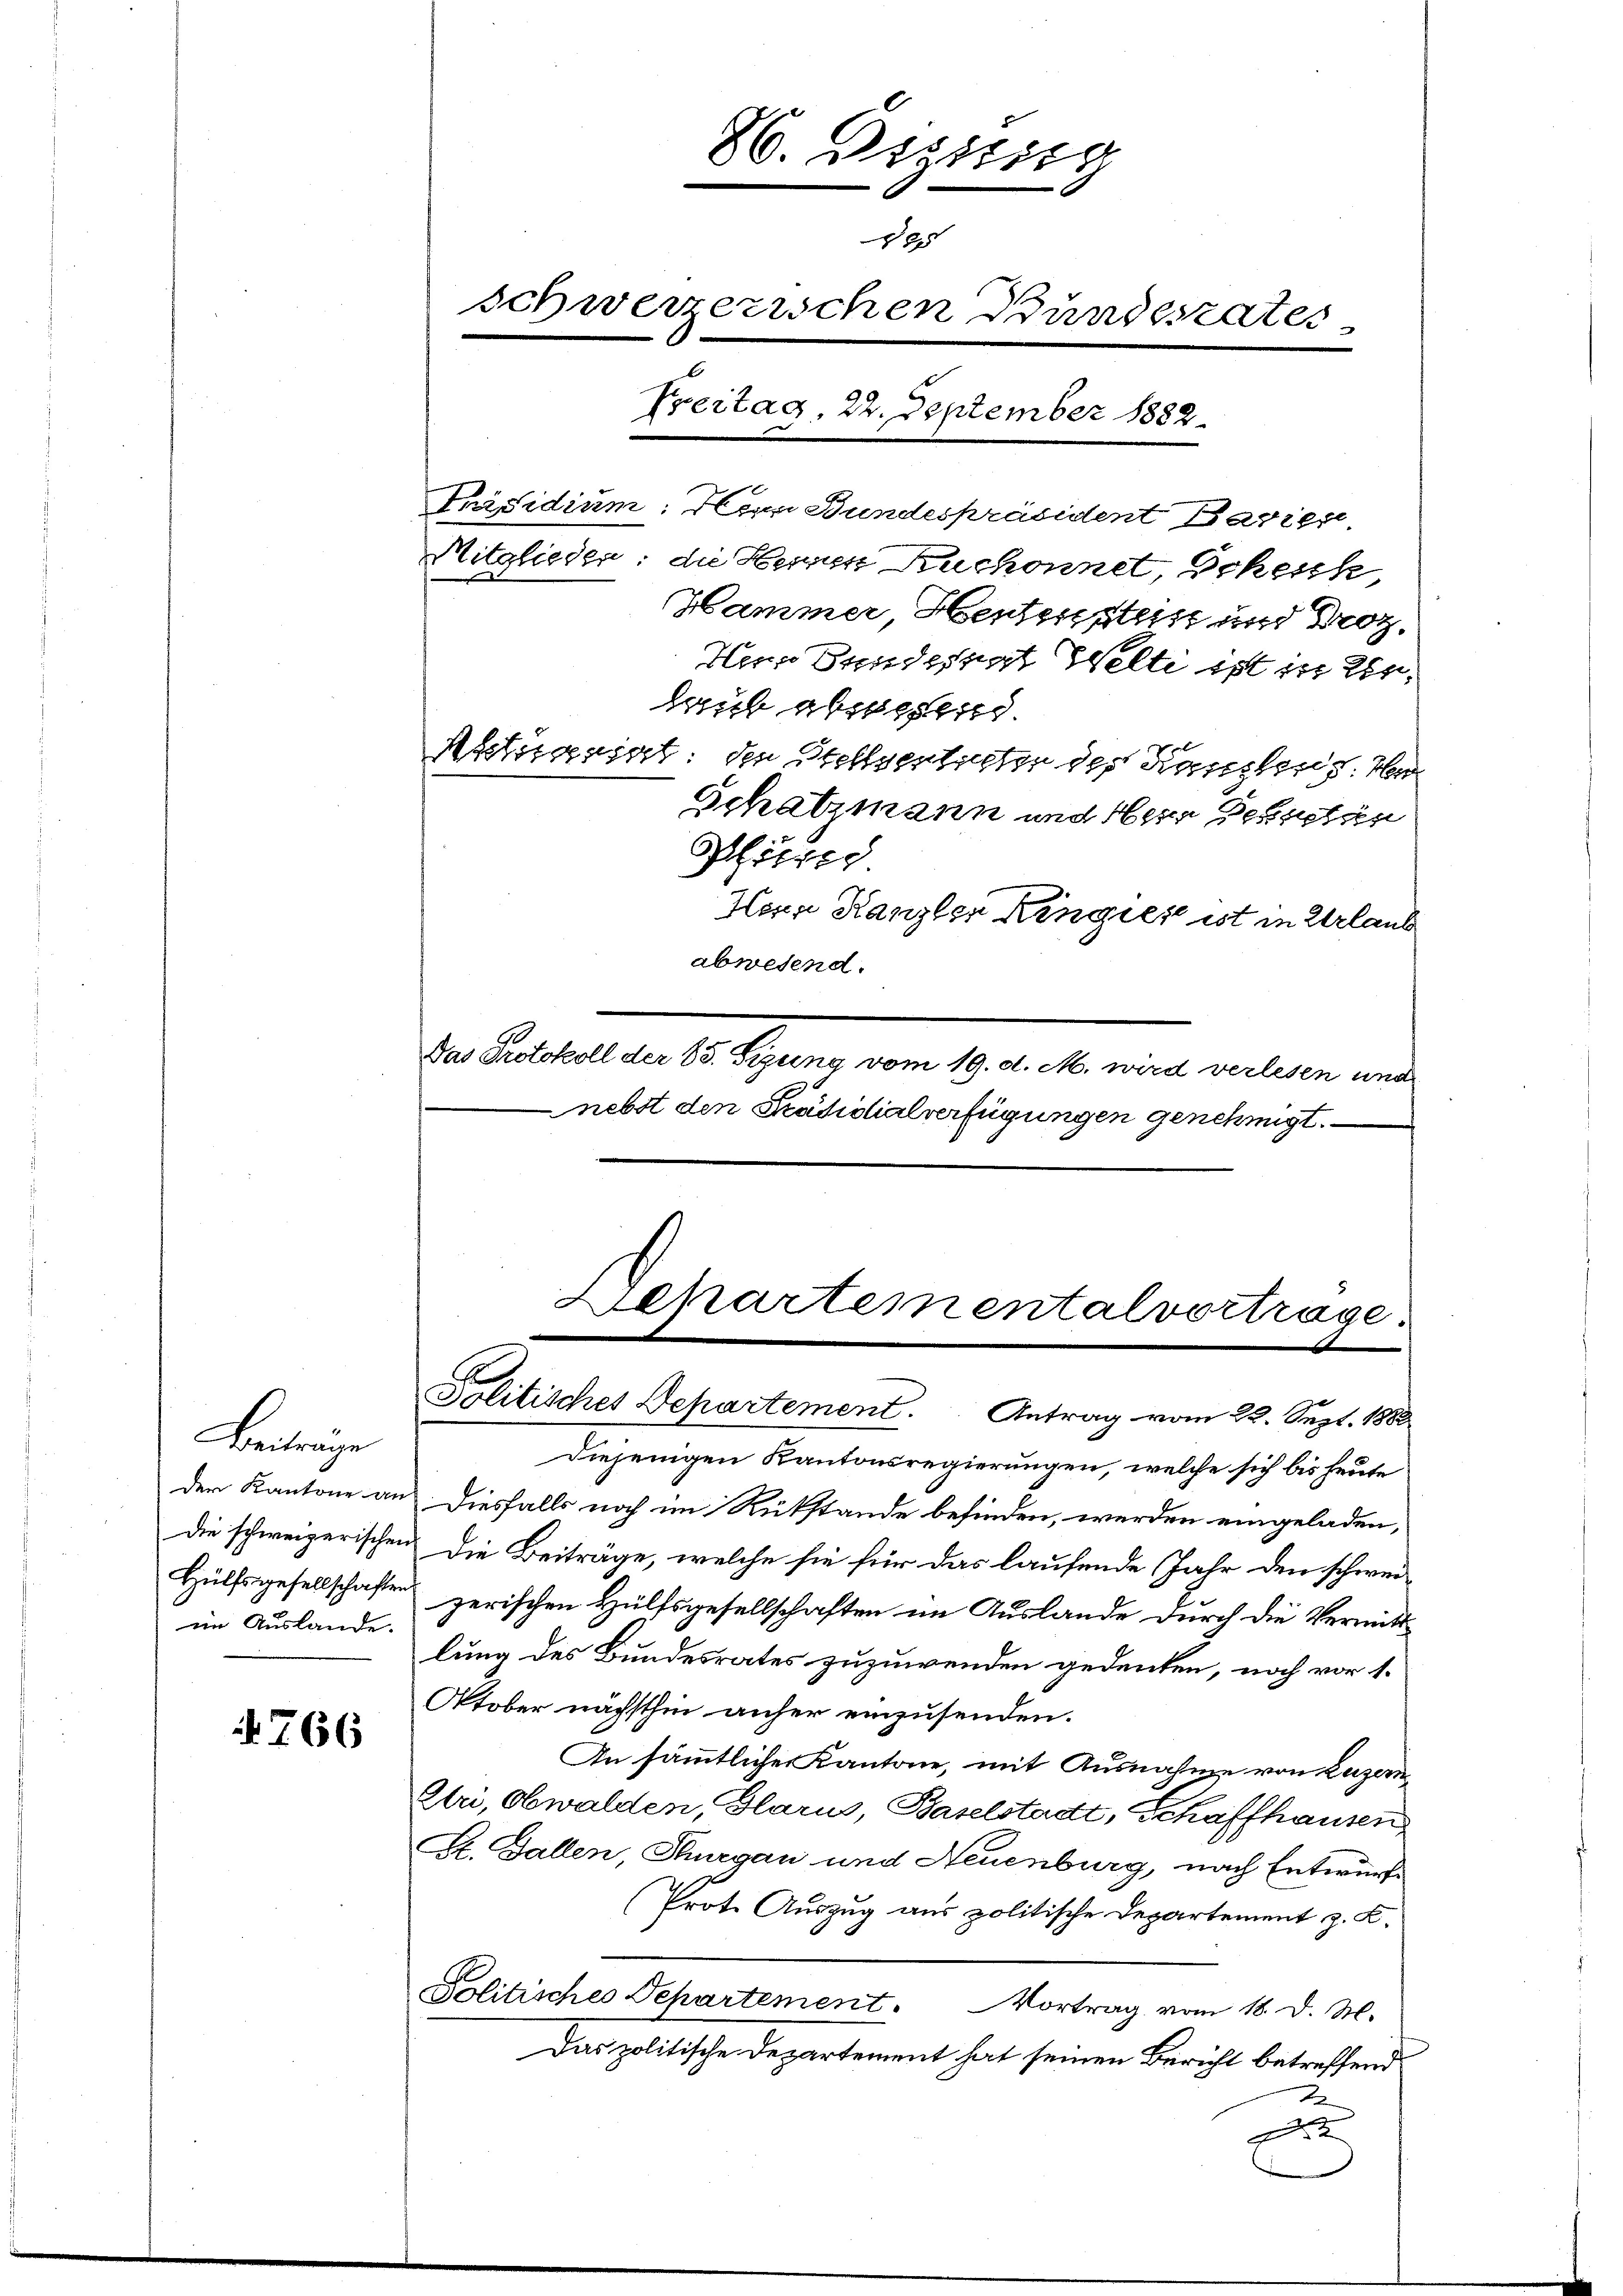
Beiträge
der Kantone an
Die schweizerischen
Hülfsgesellschaften
im Auslande.

766

Präsidium. Herrn Bundespräsident Maries
Mitglieden; die Heinen Ruchonnet, Schenk
Hammer Heutenstes und Droz.
Herr Bundesrat Welti ist in der
bib absehend
Aktuariat den Stellvertreter des Kanzlens Ver¬
Schatzmann und Herr Gesetzen
Phölzer
Herr Kanzler Kingies ist in Urlaub
abwesend.
Das Protokoll der 85. Sizung vom 19. d. M. wird verlesen und
nebst den Präsidialverfügungen genehmigt.

26. Deputir
x
schweizerischen Bundesrates
Freitag, 22. September 1882

Lckartementalvortrage

Politisches Departement. Antrag vom 22. Sept. 1888
Diejenigen Kantonsregierungen, welche sich bis heute
Diesfalls noch im Rükstände befinden, werden eingeladen,
Die Beiträge, welche sie für das laufende Jahr den schweizerischen Hülfsgesellschaften im Auslande durch die Vermittlung des Bundesrates zuzuwenden gedenken, noch vor 1.
Otober nächsthin anher einzusenden.
An sämmtlicher Kantone, mit Ausnahme von Luzern
Eri, Obwalden, Glarus, Baselstadt, Schaffhausen
St. Gallen, Thurgau und Neuenburg, nach Entwurfe
(Prote Auszug aus politische Departement z. B.
Politisches Departement. Vortrag vom 18. d. M.
Das politische Departement hat seinen Bericht betreffend
A